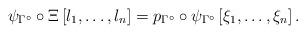
LaTeX: \begin{align*}\psi_{\Gamma^\circ}\circ \Xi\left[l_1,\dots, l_n\right]= p_{\Gamma^\circ}\circ \psi_{\Gamma^\circ}\left[\xi_1,\dots, \xi_n\right].\end{align*}